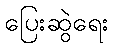
ပြေးဆွဲရေး